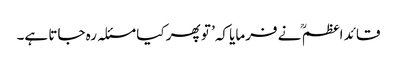
قائد اعظم ؒ نے فرمایا کہ’ تو پھر کیا مسئلہ رہ جاتا ہے۔